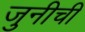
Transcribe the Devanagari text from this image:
जुनीची